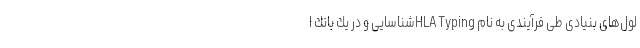
لول‌های بنیادی طی فرآیندی به نام HLA Typingشناسایی و در یك بانك ا